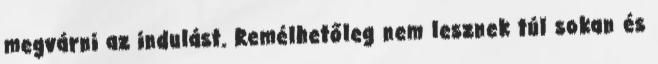
megvárni az indulást. Remélhetőleg nem lesznek túl sokan és